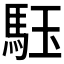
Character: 𩢤